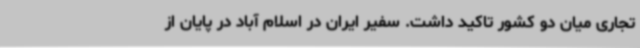
تجاری میان دو کشور تاکید داشت. سفیر ایران در اسلام آباد در پایان از